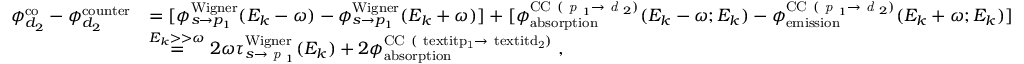
\begin{array} { r l } { \phi _ { d _ { 2 } } ^ { \mathrm { { c o } } } - \phi _ { d _ { 2 } } ^ { \mathrm { c o u n t e r } } } & { = [ \phi _ { s \rightarrow p _ { 1 } } ^ { \mathrm { { W i g n e r } } } ( E _ { k } - \omega ) - \phi _ { s \rightarrow p _ { 1 } } ^ { \mathrm { W i g n e r } } ( E _ { k } + \omega ) ] + [ \phi _ { \mathrm { { a b s o r p t i o n } } } ^ { \mathrm { C C } ~ ( \textit { p } _ { 1 } \rightarrow \textit { d } _ { 2 } ) } ( E _ { k } - \omega ; E _ { k } ) - \phi _ { \mathrm { { e m i s s i o n } } } ^ { \mathrm { C C } ~ ( \textit { p } _ { 1 } \rightarrow \textit { d } _ { 2 } ) } ( E _ { k } + \omega ; E _ { k } ) ] } \\ & { \overset { E _ { k } > > \omega } { = } 2 \omega \tau _ { s \rightarrow \textit { p } _ { 1 } } ^ { \mathrm { { W i g n e r } } } ( E _ { k } ) + 2 \phi _ { \mathrm { a b s o r p t i o n } } ^ { \mathrm { { C C } ~ ( \ t e x t i t { p } _ { 1 } \rightarrow \ t e x t i t { d } _ { 2 } ) } } \; , } \end{array}